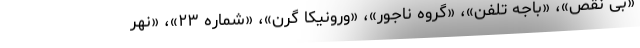
«بی نقص»، «باجه تلفن»، «گروه ناجور»، «ورونیکا گرن»، «شماره ۲۳»، «نهر